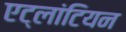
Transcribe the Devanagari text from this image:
एट्लांटियन